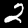
Label: 2